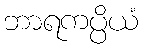
ဘာရကပ္ပိယံ